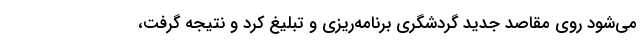
می‌شود روی مقاصد جدید گردشگری برنامه‌ریزی و تبلیغ کرد و نتیجه گرفت،